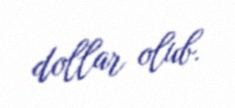
dollar olub.